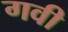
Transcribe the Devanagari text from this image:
गवी